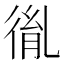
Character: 㣧